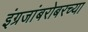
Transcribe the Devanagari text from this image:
इंग्रजांबरोबरच्या